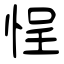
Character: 悜